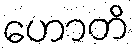
ဟောတိ